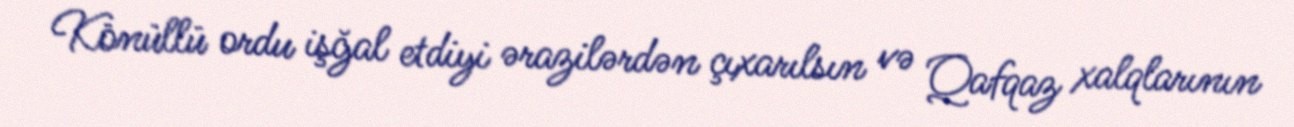
Könüllü ordu işğal etdiyi ərazilərdən çıxarılsın və Qafqaz xalqlarının